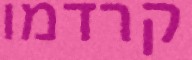
קרדמו